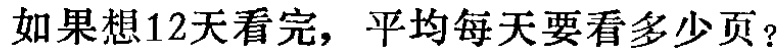
如果想12天看完，平均每天要看多少页？